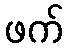
ဖက်